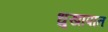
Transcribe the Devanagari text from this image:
धुखापात